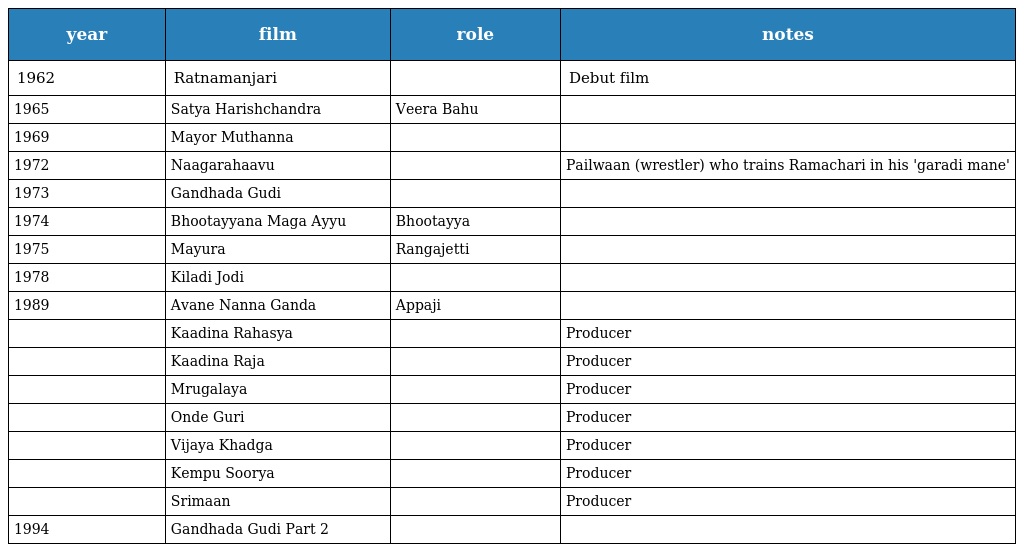
| year | film | role | notes |
 | --- | --- | --- | --- |
 | 1962 | Ratnamanjari |  | Debut film |
 | 1965 | Satya Harishchandra | Veera Bahu |  |
 | 1969 | Mayor Muthanna |  |  |
 | 1972 | Naagarahaavu |  | Pailwaan (wrestler) who trains Ramachari in his 'garadi mane' |
 | 1973 | Gandhada Gudi |  |  |
 | 1974 | Bhootayyana Maga Ayyu | Bhootayya |  |
 | 1975 | Mayura | Rangajetti |  |
 | 1978 | Kiladi Jodi |  |  |
 | 1989 | Avane Nanna Ganda | Appaji |  |
 |  | Kaadina Rahasya |  | Producer |
 |  | Kaadina Raja |  | Producer |
 |  | Mrugalaya |  | Producer |
 |  | Onde Guri |  | Producer |
 |  | Vijaya Khadga |  | Producer |
 |  | Kempu Soorya |  | Producer |
 |  | Srimaan |  | Producer |
 | 1994 | Gandhada Gudi Part 2 |  |  |